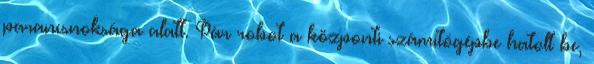
parancsnoksága alatt. Pár robot a központi számítógépbe hatolt be,